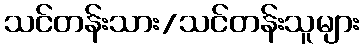
သင်တန်းသား/သင်တန်းသူများ